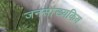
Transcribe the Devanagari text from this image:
जनसांख्यकिय